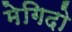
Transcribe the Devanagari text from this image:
मेगिदो